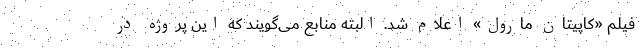
فیلم «کاپیتان مارول» اعلام شد. البته منابع می‌گویند که این پروژه در